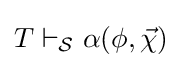
T\vdash _{\mathcal {S}}\alpha (\phi ,{\vec {\chi }})